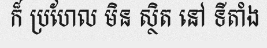
ក៏ ប្រហែល មិន ស្ថិត នៅ ទីតាំង